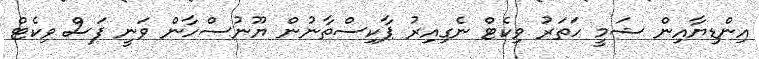
އިންޑިޔާއިން ޝަމީ ހަތަރު ވިކެޓް ނެގިއިރު ޕާކިސްތާނުން ޔޫނުސްހާން ވަނީ ފަސް ވިކެޓް